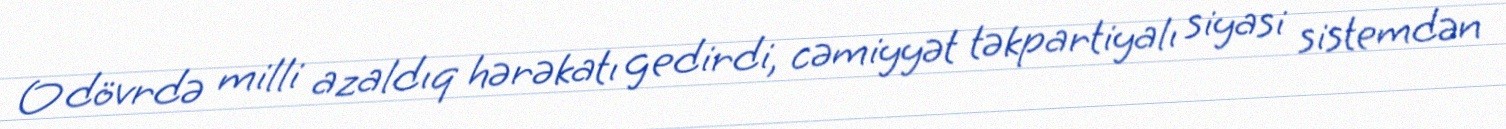
O dövrdə milli azaldıq hərəkatı gedirdi, cəmiyyət təkpartiyalı siyasi sistemdən